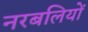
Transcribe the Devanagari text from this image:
नरबलियों